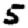
Digit: 5